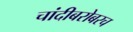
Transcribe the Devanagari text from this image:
चांदीबरोबरच